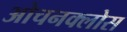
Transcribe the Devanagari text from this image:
ओचनक्लोस